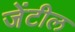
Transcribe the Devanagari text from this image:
जेंटील